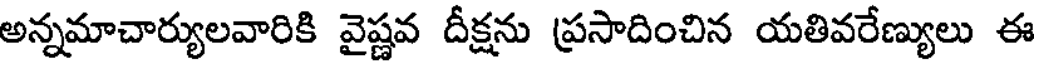
అన్నమాచార్యులవారికి వైష్ణవ దీక్షను ప్రసాదించిన యతివరేణ్యులు ఈ